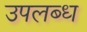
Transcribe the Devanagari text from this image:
उपलब्‍ध्‍ा